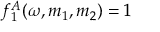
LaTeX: f _ { 1 } ^ { A } ( \omega , m _ { 1 } , m _ { 2 } ) = 1